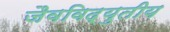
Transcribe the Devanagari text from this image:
जैवविद्युतीय